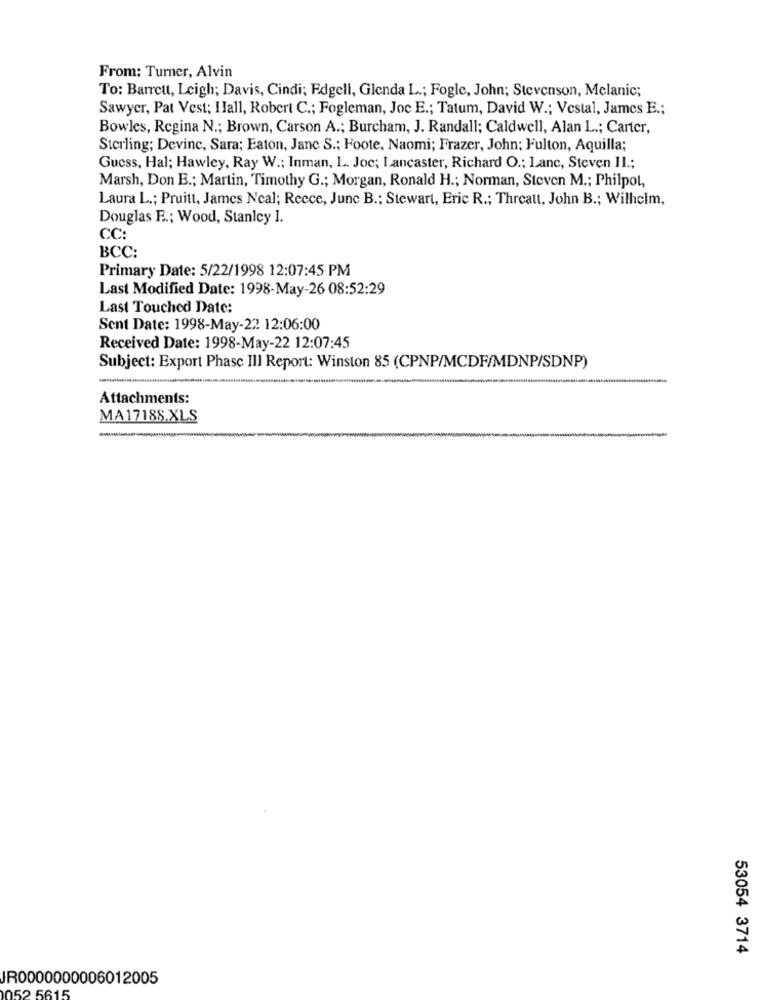
From: Turner, Alvin
To: Barrett, Leigh; Davis, Cindi; Edgell, Glenda L .; Fogle, John; Stevenson, Melanic;
Sawyer, Pat Vest: Hall, Robert C .; Fogleman, Joc E .; Tatum, David W .; Vestal, James E .;
Bowles, Regina N .; Brown, Carson A .; Burcham, J. Randall; Caldwell, Alan L .; Carter,
Sterling; Devinc, Sara; Eaton, Jane S .; Foote, Naomi; Frazer, John; Fulton, Aquilla;
Guess, Hal; Hawley, Ray W .; Inman, L. Joc; Lancaster, Richard O .; Lanc, Steven II .;
Marsh, Don E .; Martin, Timothy G .; Morgan, Ronald H .; Norman, Steven M .; Philpot,
Laura L .; Pruitt, James Neal; Reece, June B .; Stewart, Eric R .; Threatt, John B .; Wilhelm,
Douglas F .; Wood, Stanley I.
CC:
ВСС:
Primary Date: 5/22/1998 12:07:45 PM
Last Modified Date: 1998-May-26 08:52:29
Last Touched Date:
Sent Date: 1998-May-22 12:06:00
Received Date: 1998-May-22 12:07:45
Subject: Export Phase III Report: Winston 85 (CPNP/MCDF/MDNP/SDNP)
-
Attachments:
MA17188.XLS
--
53054 3714
JR0000000006012005
152 5615